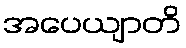
အပေယျာတိ